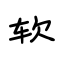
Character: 软